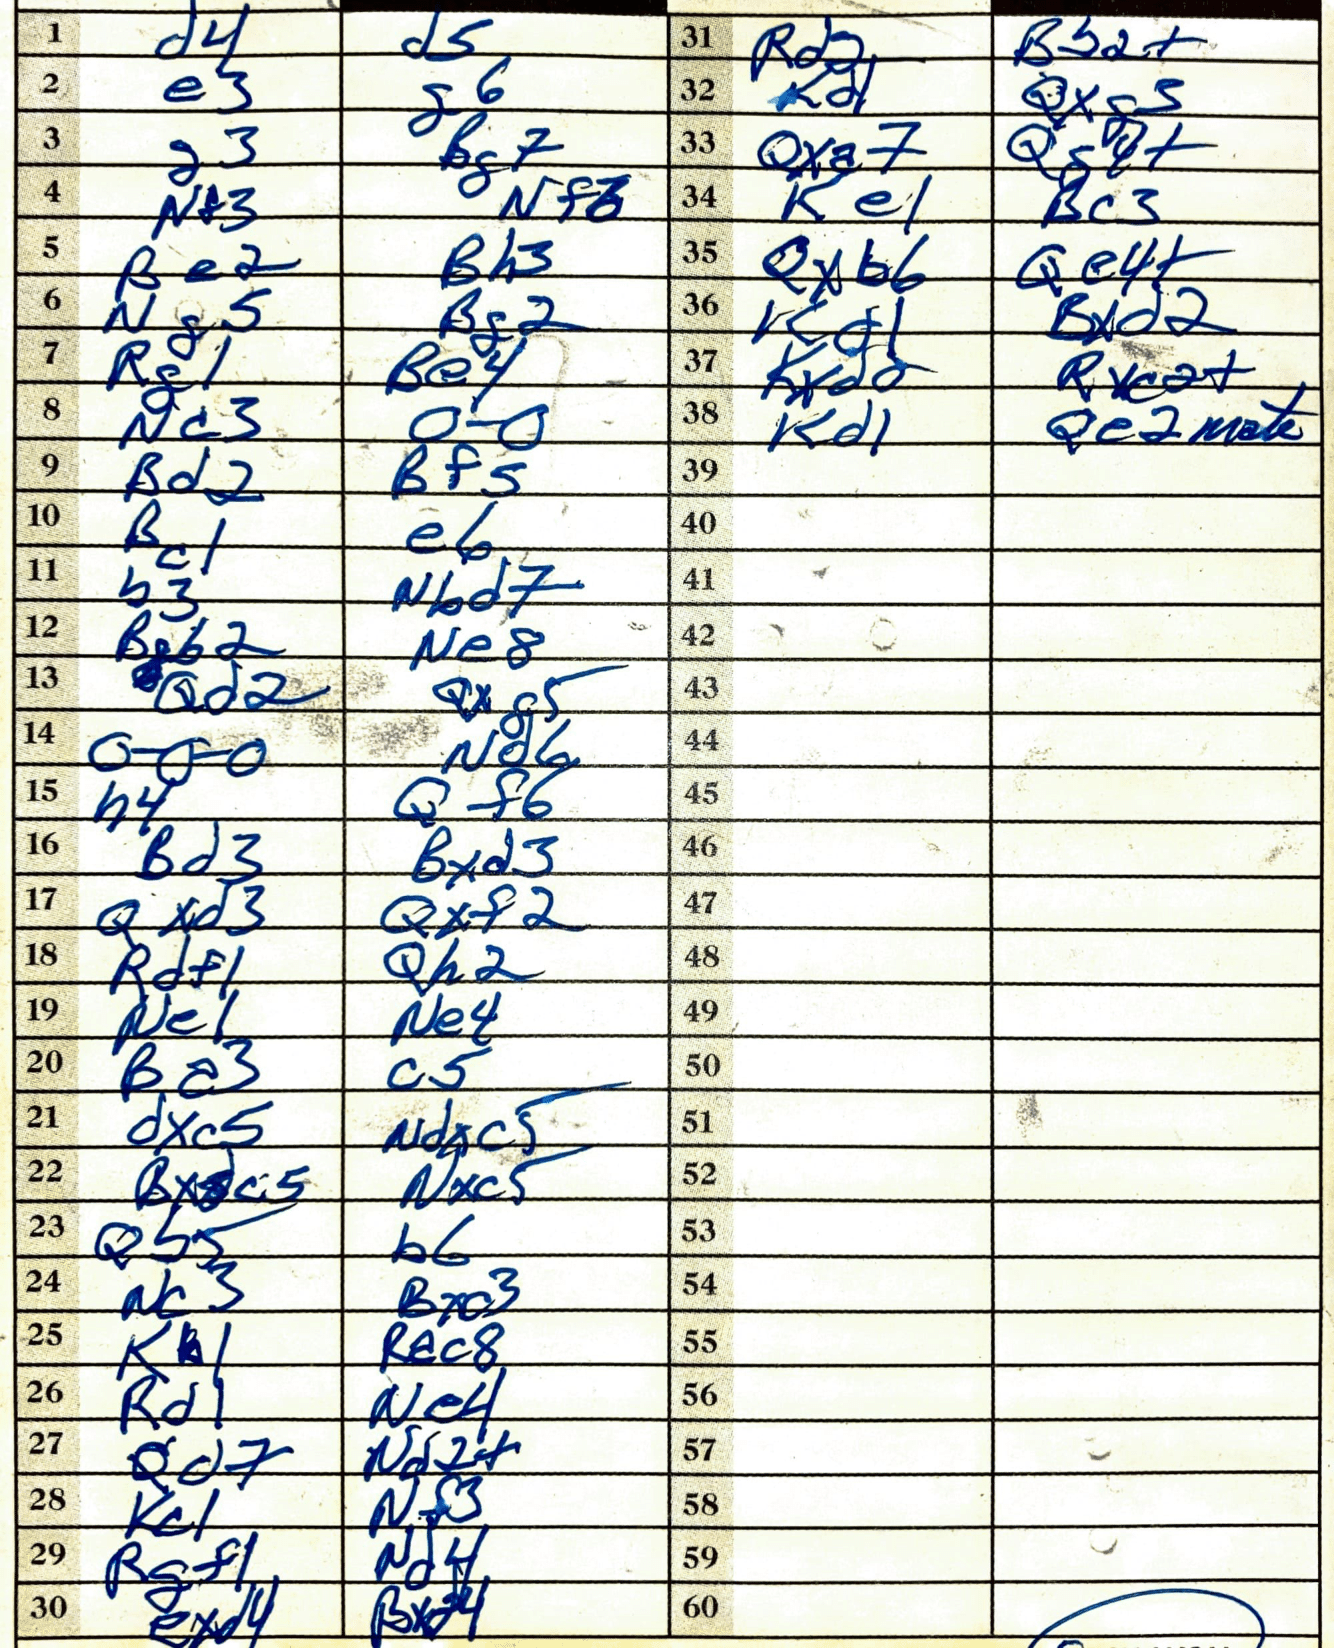
Moves: d4 d5 e3 g6 g3 Bg7 Nf3 Nf6 Be2 Bh3 Ng5 Bg2 Rg1 Be4 Nc3 O-O Bd2 Bf5 Bc1 e6 b3 Nbd7 Bb2 Ne8 Qd2 Qxg5 O-O-O Nd6 h4 Qf6 Bd3 Bxd3 Qxd3 Qxf2 Rdf1 Qh2 Ne1 Ne4 Ba3 c5 dxc5 Ndxc5 Bxc5 Nxc5 Qb5 b6 Nc3 Bxc3 Kb1 Rac8 Rd1 Ne4 Qd7 Nd7+ Kc1 Nf3 Rgf1 Nd4 exd4 Bxd4 Rd2 Bb2+ Kd1 Qxg3 Qxa7 Qg7+ Ke1 Bc3 Qxb6 Qe4+ Kd1 Bxd2 Kxd2 Rxc2+ Kd1 Qe2